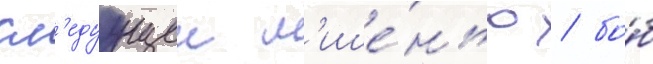
сл'едуущеи м'ише́нью / бо́б